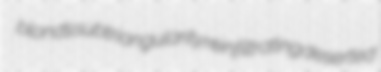
blonds subtriangularity reinfiltrating deserted